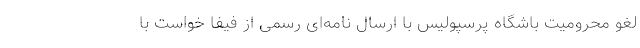
لغو محرومیت باشگاه پرسپولیس با ارسال نامه‌ای رسمی از فیفا خواست با